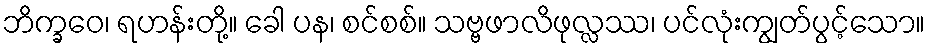
ဘိက္ခဝေ၊ ရဟန်းတို့။ ခေါ ပန၊ စင်စစ်။ သဗ္ဗဖာလိဖုလ္လဿ၊ ပင်လုံးကျွတ်ပွင့်သော။